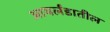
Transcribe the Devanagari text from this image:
आयर्लंडातील